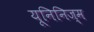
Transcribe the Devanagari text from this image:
यूनिनिज्म